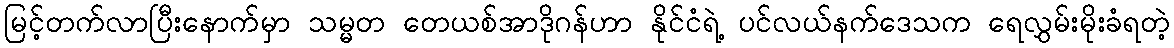
မြင့်တက်လာပြီးနောက်မှာ သမ္မတ တေယစ်အာဒိုဂန်ဟာ နိုင်ငံရဲ့ ပင်လယ်နက်ဒေသက ရေလွှမ်းမိုးခံရတဲ့